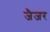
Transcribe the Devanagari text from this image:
जैजर